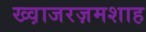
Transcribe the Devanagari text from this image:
ख्व़ाजरज़मशाह